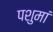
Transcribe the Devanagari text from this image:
पशुमां